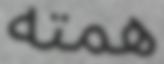
ھمته